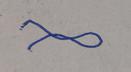
Signature authenticity: forged